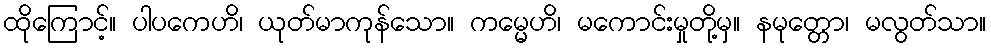
ထိုကြောင့်။ ပါပကေဟိ၊ ယုတ်မာကုန်သော။ ကမ္မေဟိ၊ မကောင်းမှုတို့မှ။ နမုတ္တော၊ မလွတ်သာ။